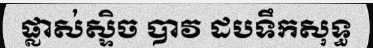
ផ្លាស់ស្ទិច បាវ ដបទឹកសុទ្ធ